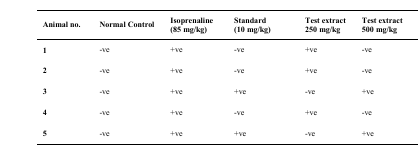
<table><thead><tr><td><b>Animal no.</b></td><td><b>Normal Control</b></td><td><b>Isoprenaline(85 mg/kg)</b></td><td><b>Standard(10 mg/kg)</b></td><td><b>Test extract 250 mg/kg</b></td><td><b>Test extract 500 mg/kg</b></td></tr></thead><tbody><tr><td><b>1</b></td><td>-ve</td><td>+ve</td><td>-ve</td><td>+ve</td><td>-ve</td></tr><tr><td><b>2</b></td><td>-ve</td><td>+ve</td><td>-ve</td><td>+ve</td><td>-ve</td></tr><tr><td><b>3</b></td><td>-ve</td><td>+ve</td><td>+ve</td><td>-ve</td><td>+ve</td></tr><tr><td><b>4</b></td><td>-ve</td><td>+ve</td><td>-ve</td><td>+ve</td><td>-ve</td></tr><tr><td><b>5</b></td><td>-ve</td><td>+ve</td><td>+ve</td><td>-ve</td><td>+ve</td></tr></tbody></table>